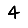
Digit: 4